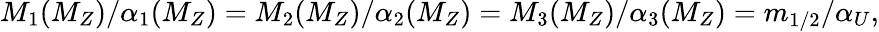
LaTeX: M_{1}(M_{Z})/\alpha_{1}(M_{Z})=M_{2}(M_{Z})/\alpha_{2}(M_{Z})=M_{3}(M_{Z})/\alpha_{3}(M_{Z})=m_{1/2}/\alpha_{U},